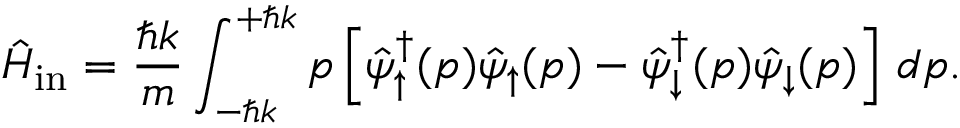
\hat { H } _ { \mathrm { i n } } = \frac { \hbar k } { m } \int _ { - \hbar k } ^ { + \hbar k } p \left[ \hat { \psi } _ { \uparrow } ^ { \dagger } ( p ) \hat { \psi } _ { \uparrow } ( p ) - \hat { \psi } _ { \downarrow } ^ { \dagger } ( p ) \hat { \psi } _ { \downarrow } ( p ) \right] \, d p .